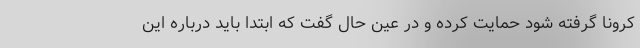
کرونا گرفته شود حمایت کرده و در عین حال گفت که ابتدا باید درباره این